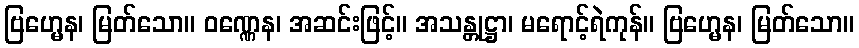
ဗြဟ္မေန၊ မြတ်သော။ ဝဏ္ဏေန၊ အဆင်းဖြင့်။ အသန္တုဋ္ဌာ၊ မရောင့်ရဲကုန်။ ဗြဟ္မေန၊ မြတ်သော။